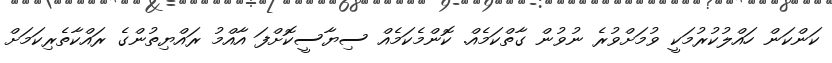
ކަންކަން ހައްލުކުރުމަކީ ވުމަށްވުރެ ނުވުން ގާތްކަމެއް. ކޮންމެކަމެއް ސިޔާސީކޮށްފަ އާއްމު ރައްޔިތުންގެ ރައްކާތެރިކަމަށް